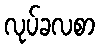
လုပ်ခလစာ